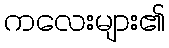
ကလေးများ၏